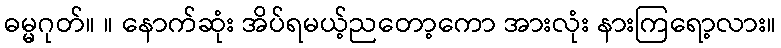
ဓမ္မဂုတ်။ ။ နောက်ဆုံး အိပ်ရမယ့်ညတော့ကော အားလုံး နားကြရော့လား။